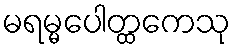
မရမ္မပေါတ္ထကေသု